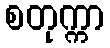
စတုက္ကာ